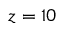
z = 1 0